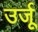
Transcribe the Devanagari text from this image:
उर्जू